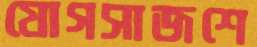
যোগসাজশে